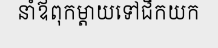
នាំឪពុកម្តាយទៅជីកយក